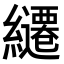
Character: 𮉓